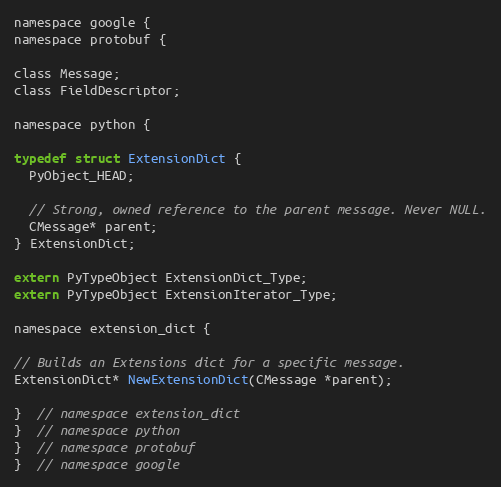
Language: C
namespace google {
namespace protobuf {

class Message;
class FieldDescriptor;

namespace python {

typedef struct ExtensionDict {
  PyObject_HEAD;

  // Strong, owned reference to the parent message. Never NULL.
  CMessage* parent;
} ExtensionDict;

extern PyTypeObject ExtensionDict_Type;
extern PyTypeObject ExtensionIterator_Type;

namespace extension_dict {

// Builds an Extensions dict for a specific message.
ExtensionDict* NewExtensionDict(CMessage *parent);

}  // namespace extension_dict
}  // namespace python
}  // namespace protobuf
}  // namespace google